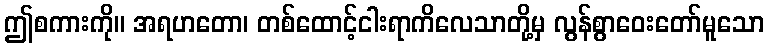
ဤစကားကို။ အရဟတော၊ တစ်ထောင့်ငါးရာကိလေသာတို့မှ လွန်စွာဝေးတော်မူသော